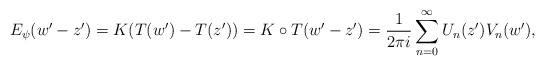
\begin{align*}E_{\psi}( w' - z' ) = K (T(w')-T(z')) = K\circ T (w'- z') = \frac{1}{2\pi i } \sum_{n=0}^{\infty}U_n(z')V_n(w'), \end{align*}